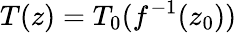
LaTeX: T(z)=T_{0}(f^{-1}(z_{0}))